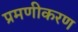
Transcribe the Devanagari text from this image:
प्रमणीकरण